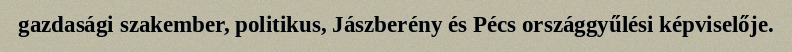
gazdasági szakember, politikus, Jászberény és Pécs országgyűlési képviselője.